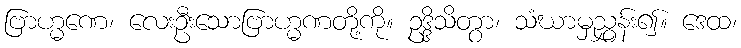
ဗြာဟ္မဏေ၊ လေးဦးသောဗြာဟ္မဏတို့ကို။ ဥဒ္ဒိသိတွာ၊ သံဃာမှညွှန်း၍။ ဒေထ၊